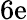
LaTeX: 6\textup{e}